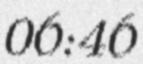
06:46